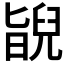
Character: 𦦃